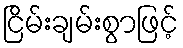
ငြိမ်းချမ်းစွာဖြင့်